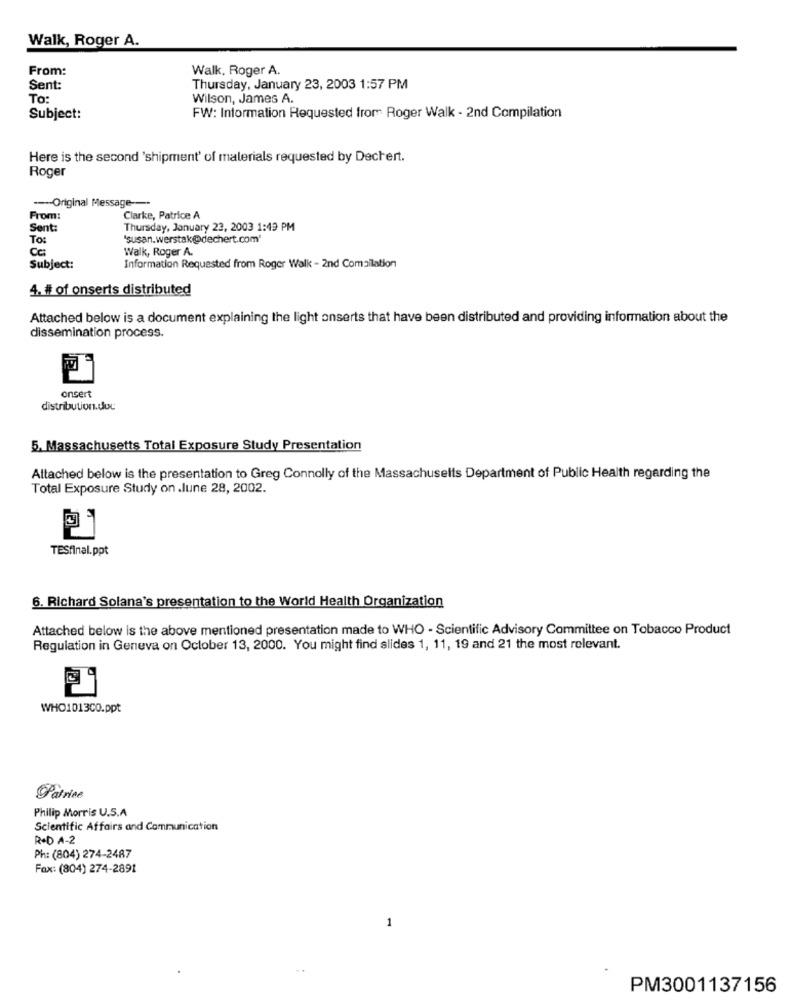
Walk, Roger A.
From:
Walk, Roger A.
Sent:
Thursday, January 23, 2003 1:57 PM
To:
Wilson, James A.
Subject:
FW: Information Requested from Roger Walk - 2nd Compilation
Here is the second 'shipment' of materials requested by Dechert.
Roger
---- Original Message --
From:
Clarke, Patrice A
Sent:
Thursday, January 23, 2003 1:49 PM
To:
"susan.werstak@@dechert.com'
Walk, Roger A.
Subject:
Information Requested from Roger Walk - 2nd Comallation
4. # of onserts distributed
Attached below is a document explaining the light anserts that have been distributed and providing information about the
dissemination process.
onsert
distribution.duc
5. Massachusetts Total Exposure Study Presentation
Attached below is the presentation to Greg Connolly of the Massachusetts Department of Public Health regarding the
Total Exposure Study on .June 28, 2002.
TESfinal.ppt
6. Richard Solana's presentation to the World Health Organization
Attached below is the above mentioned presentation made to WHO - Scientific Advisory Committee on Tobacco Product
Regulation in Geneva on October 13, 2000. You might find slides 1, 11, 19 and 21 the most relevant.
WHO1013CO.ppt
Patrice
Philip Morris U.S.A
Scientific Affairs and Communication
R+D A-2
Ph: (804) 274-2487
Fax: (804) 274-2891
1
..
PM3001137156